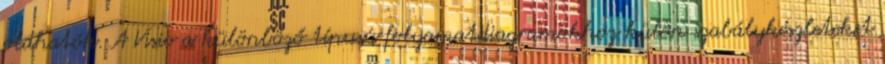
oldhatók. A Visio a különböző típusú folyamatdiagramokhoz külön szabálykészleteket